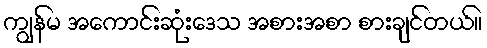
ကျွန်မ အကောင်းဆုံးဒေသ အစားအစာ စားချင်တယ်။